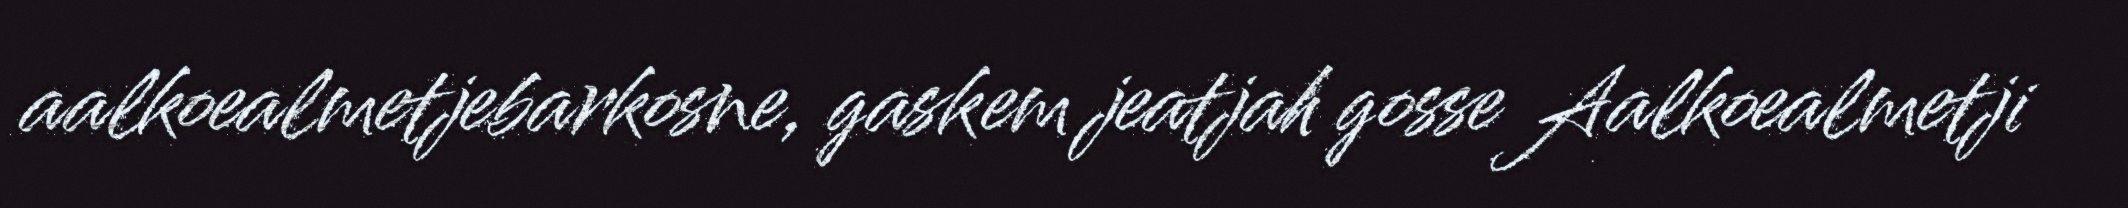
aalkoealmetjebarkosne, gaskem jeatjah gosse Aalkoealmetji